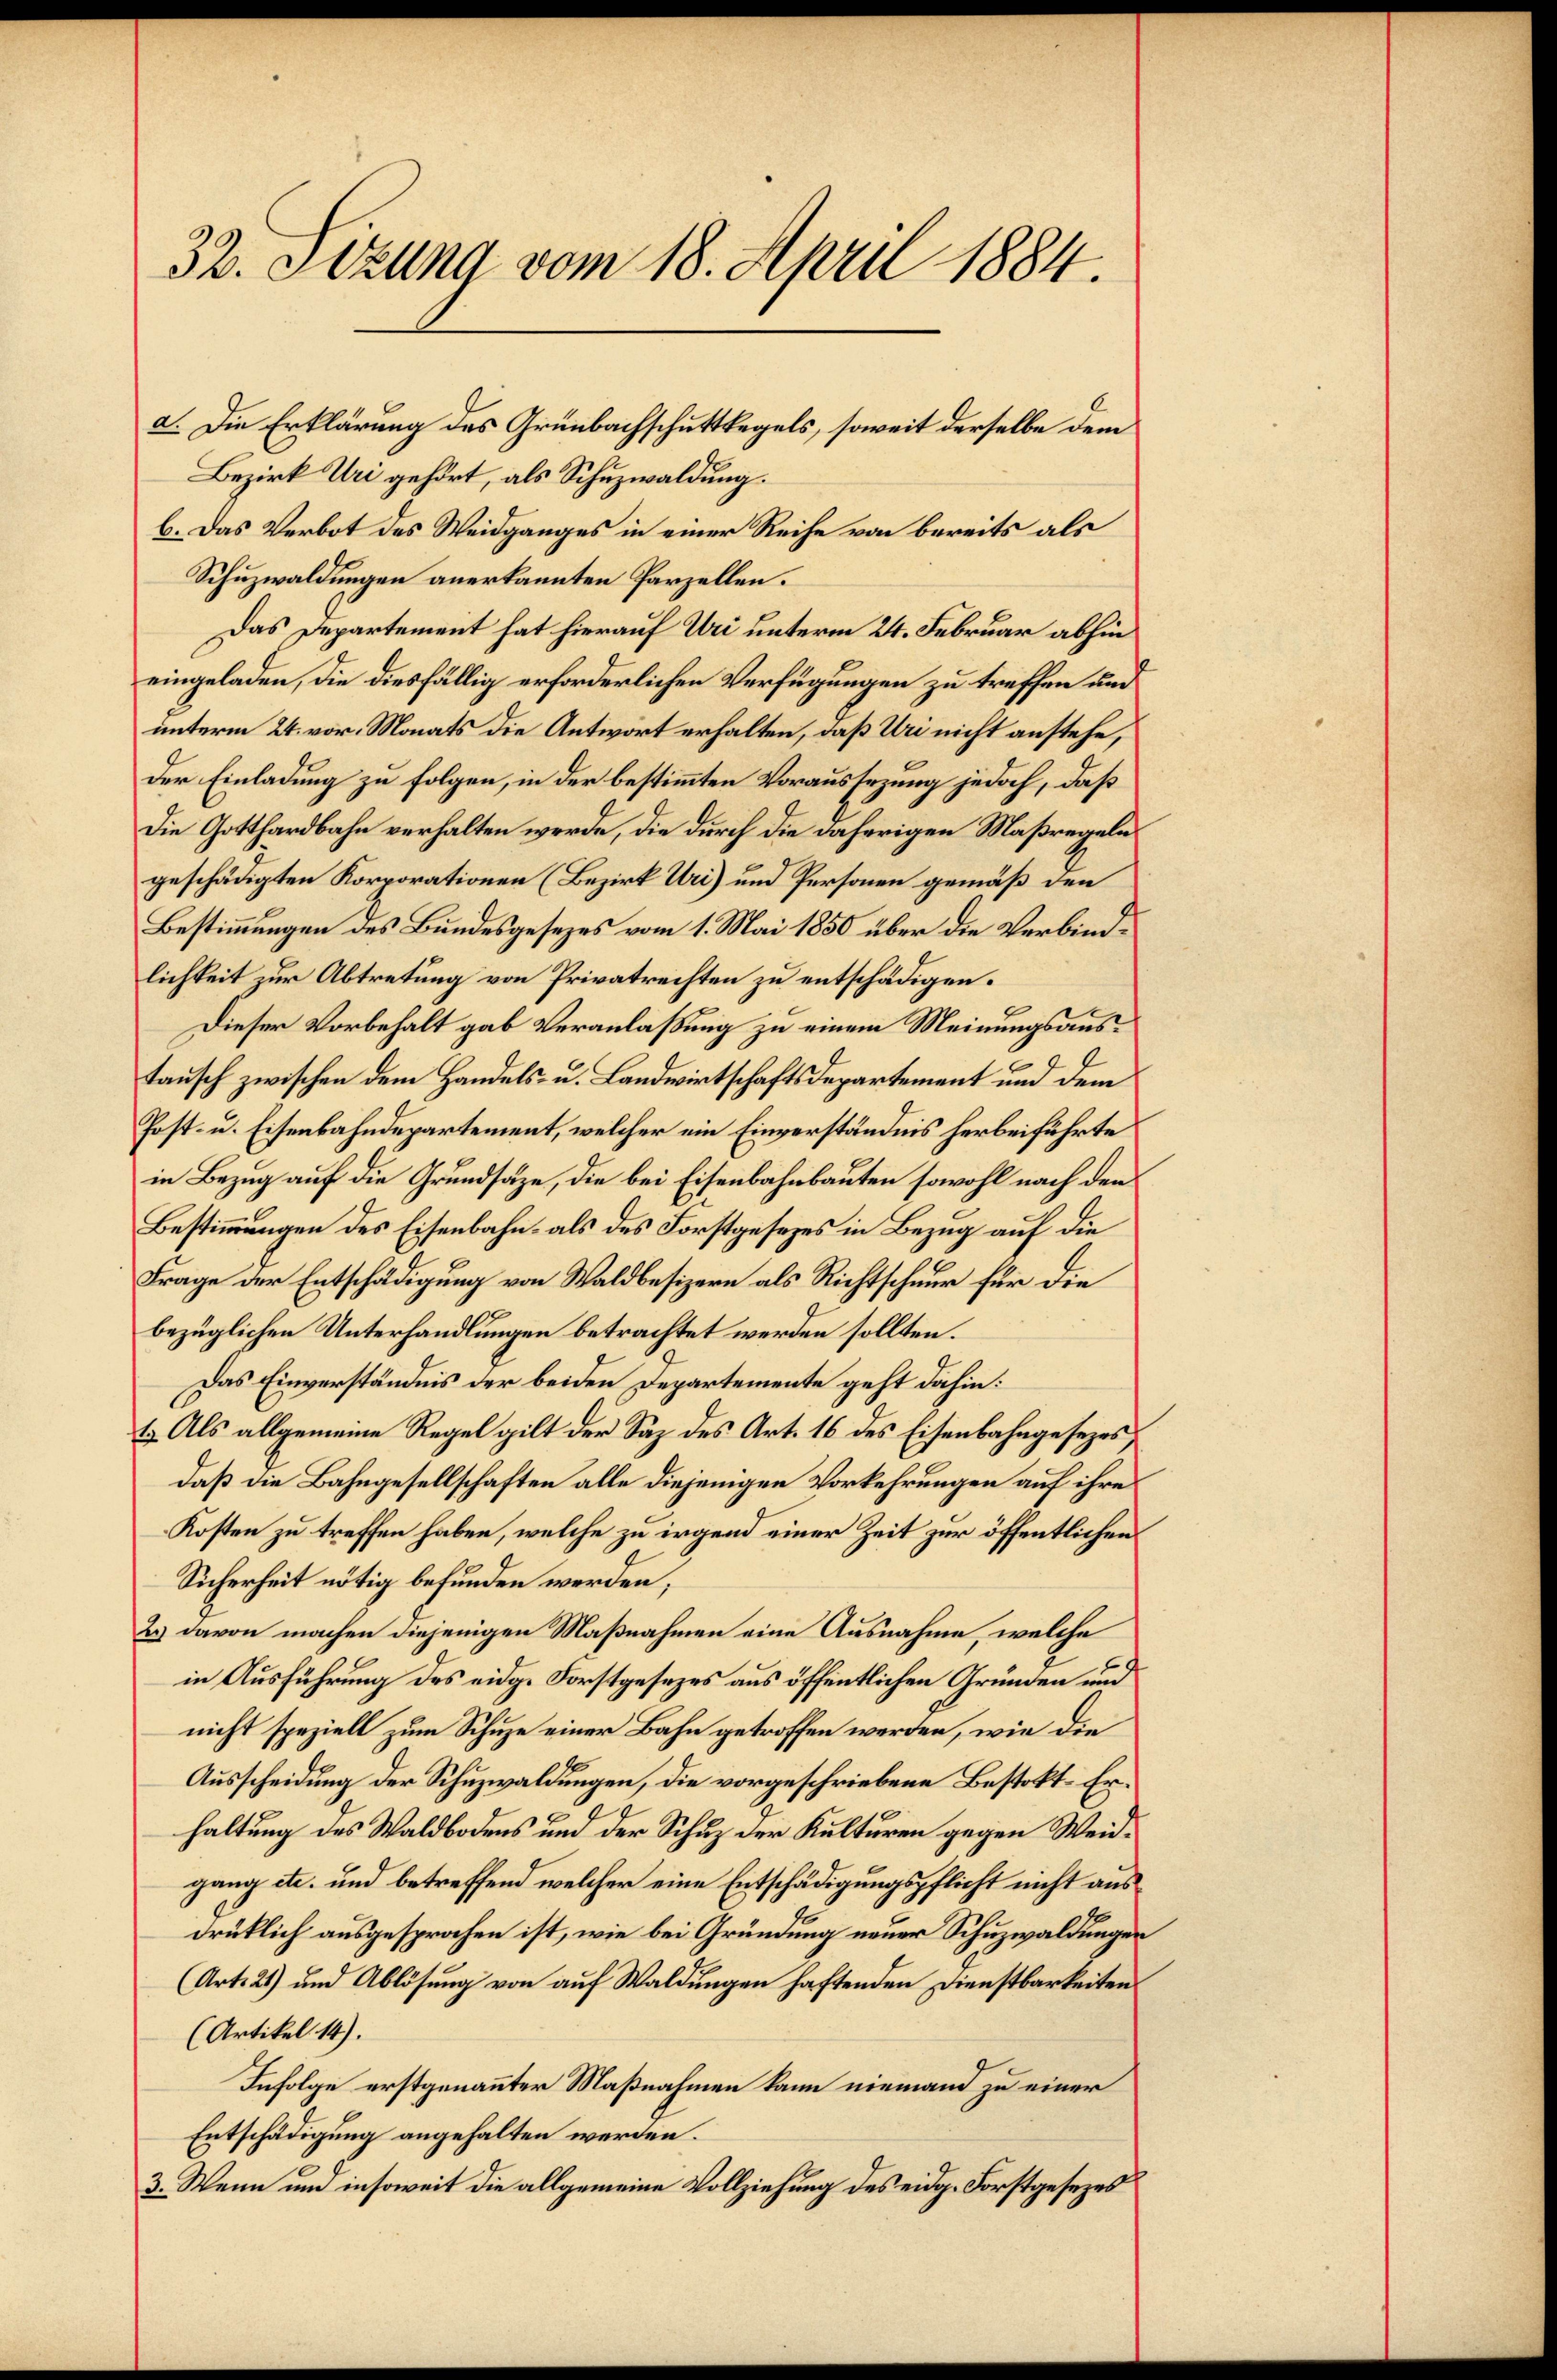
32. Setzung vom 18. April 1884.

Bezirk Uri gehört, als Schuzwaldung.
b. Das Verbot des Weidganges in einer Reihe von bereits als
Schuzwaldungen anerkannten Parzellen.
Das Departement hat hierauf Uri unterm 24. Februar abhin
eingeladen, die diesfällig erforderlichen Verfügungen zu treffen und
unterm 24. vor. Monats die Antwort erhalten, daß Uri nicht anstehe,
Der Einladung zu folgen, in der bestimmten Voraussezung jedoch, daß
Die Gotthardbahn verhalten werde, die durch die daherigen Maßregelngeschädigten Korporationen (Bezirk Uri) und Personen gemäß den
Bestimmungen des Bundesgesezes vom 1. Mai 1850 über die Verbindlichkeit zur Abtretung von Privatrechten zu entschädigen.
Dieser Vorbehalt gab Veranlaßung zu einem Meinungsaustausch zwischen dem Handels- u. Landwirtschaftsdepartement und dem
Post- u. Eisenbahndepartement, welcher ein Einverständnis herbeiführte
in Bezug auf die Grundsätze, die bei Eisenbahnbauten sowohl nach den
Bestimmungen des Eisenbahn- als des Forstgesetzes in Bezug auf die
Frage der Entschädigung von Waldbesizern als Richtschnur für die
bezüglichen Unterhandlungen betrachtet werden sollten.
Das Einverständnis der beiden Departemente geht dahin:
1. Als allgemeine Regel gilt der Saz des Art. 16 des Eisenbahngesezes
daß die Bahngesellschaften alle diejenigen Vorkehrungen auf ihre
Kosten zu treffen haben, welche zu irgend einer Zeit zur öffentlichen
Sicherheit nötig befunden werden,
2.) davon machen diejenigen Maßnahmen eine Ausnahme, welche
in Ausführung des eidge Forstgesezes aus öffentlichen Gründen und
nicht speziell zum Schuze einer Bahn getroffen werden, wie die
Ausscheidung der Schuzwaldungen, die vorgeschriebene Bestokt-Erhaltung des Waldbodens und der Schuz der Kulturen gegen Weidgang etc. und betreffend welcher eine Entschädigungspflicht nicht aus
drüklich ausgesprochen ist, wie bei Gründung neuer Schuzwaldungen
(Art. 21) und Ablösung von auf Waldungen haftenden Dienstbarkeiten
(Artikel 14).
Infolge erstgenannter Maßnahmen kann niemand zu einer
Entschädigung angehalten werden.
3. Wenn und insoweit die allgemeine Vollziehung des eidg. Forstgesezes

a. Die Erklärung des Grünbachschuttkegels, soweit derselbe dem